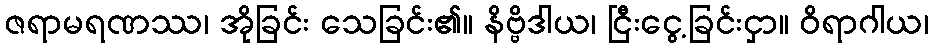
ဇရာမရဏဿ၊ အိုခြင်း သေခြင်း၏။ နိဗ္ဗိဒါယ၊ ငြီးငွေ့ခြင်းငှာ။ ဝိရာဂါယ၊